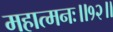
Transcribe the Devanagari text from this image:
महात्मनः॥१२॥